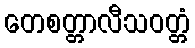
တေစတ္တာလီသဝတ္တံ